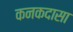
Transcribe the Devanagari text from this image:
कनकदासा